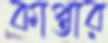
কাপ্তার